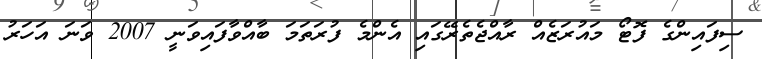
ސިފައިންގެ ފޮޓޯ މައުރަޒެއް ރާއްޖެތެރޭގައި އެންމެ ފުރަތަމަ ބާއްވާފައިވަނީ 2007 ވަނަ އަހަރު